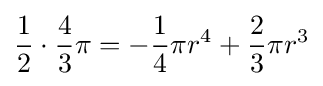
{\frac {1}{2}}\cdot {\frac {4}{3}}\pi =-{\frac {1}{4}}\pi r^{4}+{\frac {2}{3}}\pi r^{3}